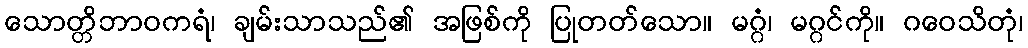
သောတ္တိဘာဝကရံ၊ ချမ်းသာသည်၏ အဖြစ်ကို ပြုတတ်သော။ မဂ္ဂံ၊ မဂ္ဂင်ကို။ ဂဝေသိတုံ၊